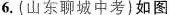
6.(i山东聊城中考)如图